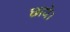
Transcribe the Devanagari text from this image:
छाये।